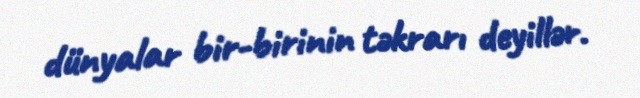
dünyalar bir-birinin təkrarı deyillər.